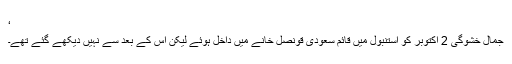
‘
جمال خشوگی 2 اکتوبر کو استنبول میں قائم سعودی قونصل خانے میں داخل ہوئے لیکن اس کے بعد سے نہیں دیکھے گئے تھے۔